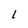
Character: l